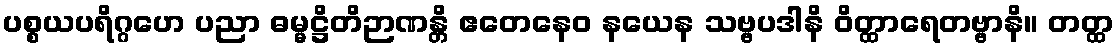
ပစ္စယပရိဂ္ဂဟေ ပညာ ဓမ္မဋ္ဌိတိဉာဏန္တိ ဧတေနေဝ နယေန သဗ္ဗပဒါနိ ဝိတ္ထာရေတဗ္ဗာနိ။ တတ္ထ